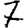
Digit: 7